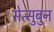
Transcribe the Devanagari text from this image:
सेत्सुबुन